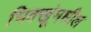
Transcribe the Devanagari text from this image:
भिक्खूंमधील